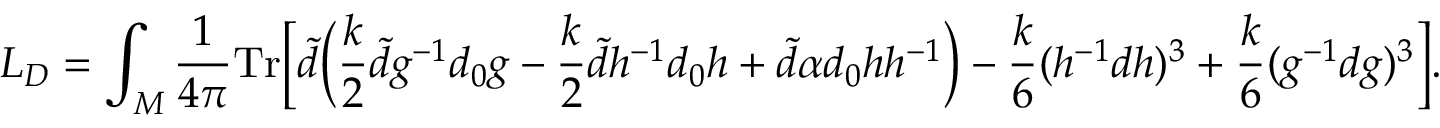
L _ { D } = \int _ { \cal M } { \frac { 1 } { 4 \pi } } \mathrm { T r } \bigg [ \widetilde { d } \bigg ( { \frac { k } { 2 } } \widetilde { d } g ^ { - 1 } d _ { 0 } g - { \frac { k } { 2 } } \widetilde { d } h ^ { - 1 } d _ { 0 } h + \widetilde { d } \alpha d _ { 0 } h h ^ { - 1 } \bigg ) - { \frac { k } { 6 } } ( h ^ { - 1 } d h ) ^ { 3 } + { \frac { k } { 6 } } ( g ^ { - 1 } d g ) ^ { 3 } \bigg ] .